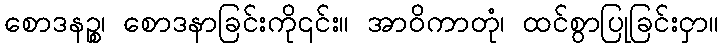
စောဒနဉ္စ၊ စောဒနာခြင်းကို၎င်း။ အာဝိကာတုံ၊ ထင်စွာပြုခြင်းငှာ။